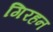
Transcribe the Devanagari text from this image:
गिरहन